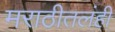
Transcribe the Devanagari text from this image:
मराठीतलंही